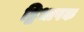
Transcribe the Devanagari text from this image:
द्विभाषक